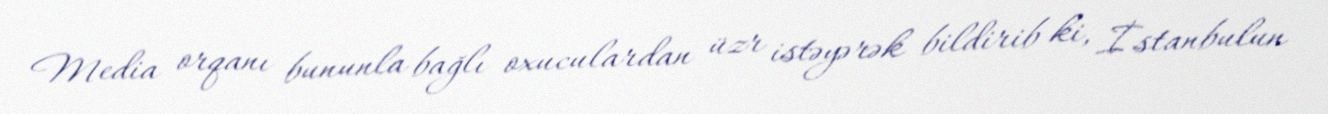
Media orqanı bununla bağlı oxuculardan üzr istəyərək bildirib ki, İstanbulun